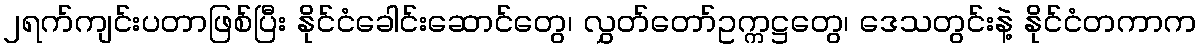
၂ရက်ကျင်းပတာဖြစ်ပြီး နိုင်ငံခေါင်းဆောင်တွေ၊ လွှတ်တော်ဥက္ကဋ္ဌတွေ၊ ဒေသတွင်းနဲ့ နိုင်ငံတကာက